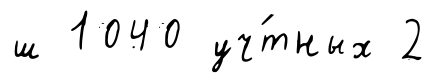
ш 1040 уч́тных 2